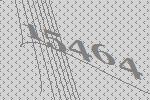
15464